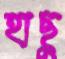
হাছু